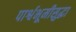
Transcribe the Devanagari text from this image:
पार्श्वभूमीसुद्धा